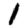
Digit: 1